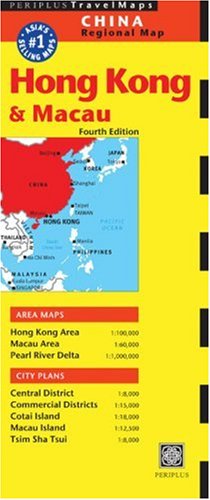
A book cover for Hong Kong & Macau Travel Map (Periplus Travel Maps); Travel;